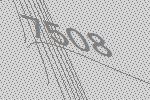
7508